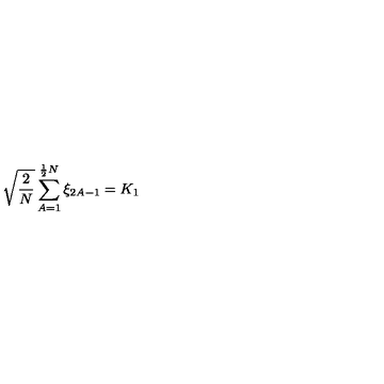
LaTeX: \sqrt { \frac { 2 } { N } } \sum _ { A = 1 } ^ { \frac { 1 } { 2 } N } \xi _ { 2 A - 1 } = K _ { 1 }